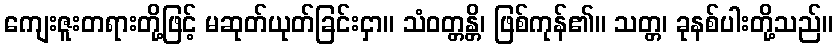
ကျေးဇူးတရားတို့ဖြင့် မဆုတ်ယုတ်ခြင်းငှာ။ သံဝတ္တန္တိ၊ ဖြစ်ကုန်၏။ သတ္တ၊ ခုနစ်ပါးတို့သည်။